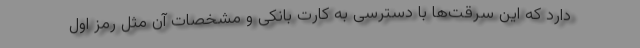
دارد که این سرقت‌ها با دسترسی به کارت بانکی و مشخصات آن مثل رمز اول